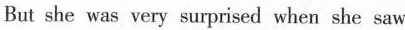
But she was very surprised when she saw